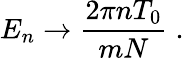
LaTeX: E_{n}\rightarrow{\frac{2\pi nT_{0}}{mN}}\; .